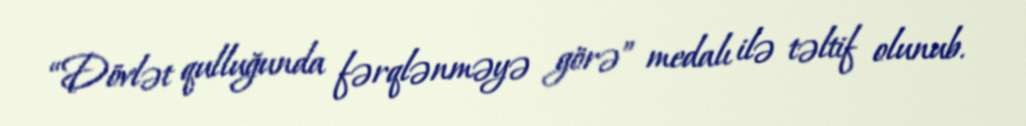
“Dövlət qulluğunda fərqlənməyə görə” medalı ilə təltif olunub.